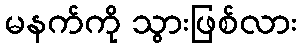
မနက်ကို သွားဖြစ်လား